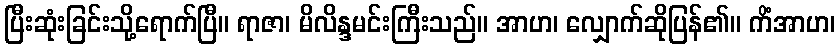
ပြီးဆုံးခြင်းသို့ရောက်ပြီ။ ရာဇာ၊ မိလိန္ဒမင်းကြီးသည်။ အာဟ၊ လျှောက်ဆိုပြန်၏။ ကိံအာဟ၊